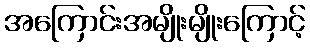
အကြောင်းအမျိုးမျိုးကြောင့်